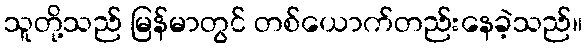
သူတို့သည် မြန်မာတွင် တစ်ယောက်တည်းနေခဲ့သည်။